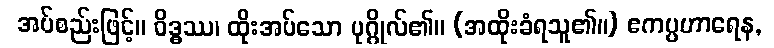
အပ်စည်းဖြင့်။ ဝိဒ္ဓဿ၊ ထိုးအပ်သော ပုဂ္ဂိုလ်၏။ (အထိုးခံရသူ၏။) ဧကပ္ပဟာရေန,